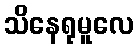
သိနေရုမူလေ